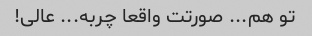
تو هم... صورتت واقعا چربه... عالی!